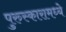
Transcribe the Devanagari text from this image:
पुरुस्कारामध्ये